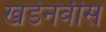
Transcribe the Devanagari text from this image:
खर्डेनवीस